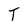
Character: T